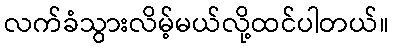
လက်ခံသွားလိမ့်မယ်လို့ထင်ပါတယ်။